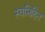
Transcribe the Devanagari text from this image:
स्वनिहित